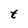
Character: t